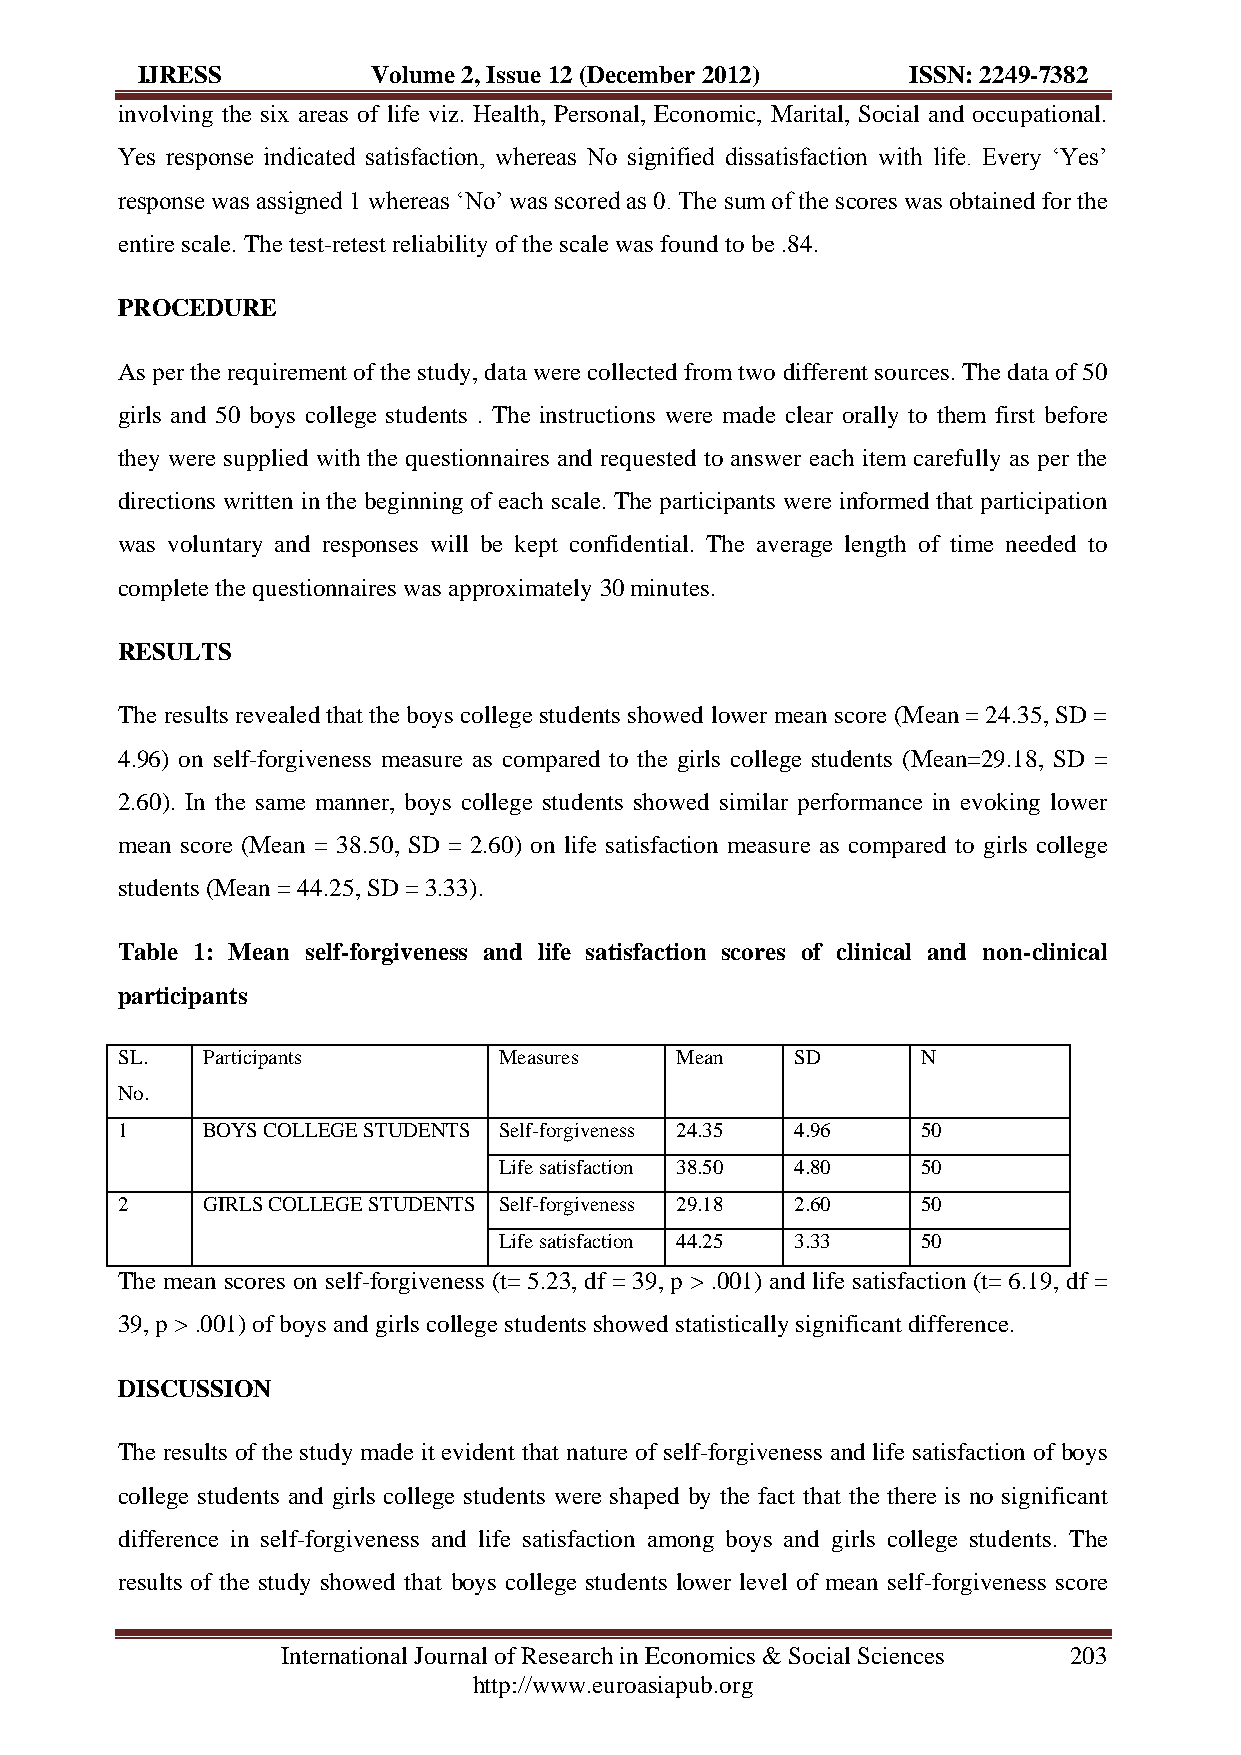
IJRESS          Volume 2, Issue 12 (December 2012) ISSN: 2249-7382
 involving the six areas of life viz. Health, Personal, Economic, Marital, Social and occupational.
 Yes response indicated satisfaction, whereas No signified dissatisfaction with life. Every ‘Yes’
 response was assigned 1 whereas ‘No’ was scored as 0. The sum of the scores was obtained for the
 entire scale. The test-retest reliability of the scale was found to be .84.
 PROCEDURE
 As per the requirement of the study, data were collected from two different sources. The data of 50
 girls and 50 boys college students . The instructions were made clear orally to them first before
 they were supplied with the questionnaires and requested to answer each item carefully as per the
 directions written in the beginning of each scale. The participants were informed that participation
 was voluntary and responses will be kept confidential. The average length of time needed to
 complete the questionnaires was approximately 30 minutes.
 RESULTS
 The results revealed that the boys college students showed lower mean score (Mean = 24.35, SD =
 4.96) on self-forgiveness measure as compared to the girls college students (Mean=29.18, SD =
 2.60). In the same manner, boys college students showed similar performance in evoking lower
 mean score (Mean = 38.50, SD = 2.60) on life satisfaction measure as compared to girls college
 students (Mean = 44.25, SD = 3.33).
 Table 1: Mean self-forgiveness and life satisfaction scores of clinical and non-clinical
 participants
 SL.  Participants        Measures    Mean    SD      N
 No.
 1    BOYS COLLEGE STUDENTS Self-forgiveness 24.35 4.96 50
 Life satisfaction 38.50 4.80 50
 2    GIRLS COLLEGE STUDENTS Self-forgiveness 29.18 2.60 50
 Life satisfaction 44.25 3.33 50
 The mean scores on self-forgiveness (t= 5.23, df = 39, p > .001) and life satisfaction (t= 6.19, df =
 39, p > .001) of boys and girls college students showed statistically significant difference.
 DISCUSSION
 The results of the study made it evident that nature of self-forgiveness and life satisfaction of boys
 college students and girls college students were shaped by the fact that the there is no significant
 difference in self-forgiveness and life satisfaction among boys and girls college students. The
 results of the study showed that boys college students lower level of mean self-forgiveness score
 International Journal of Research in Economics & Social Sciences 203
 http://www.euroasiapub.org